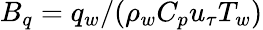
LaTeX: B_{q}=q_{w}/(\rho_{w}C_{p}u_{\tau}T_{w})